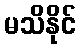
မသိနိုင်